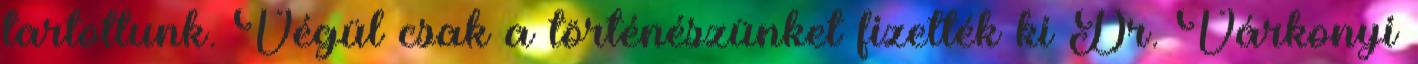
tartottunk. Végül csak a történészünket fizették ki Dr. Várkonyi